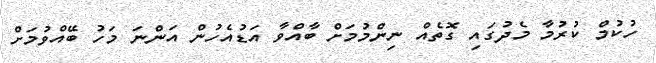
ހުކުމް ކުރުމާ މެދުގައި ގޮތެއް ނިންމުމަށް ބާއްވާ އަޑުއެހުން އަންނަ މަހު ބޭއްވުމަށް